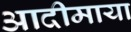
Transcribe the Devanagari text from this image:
आदीमाया